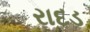
રાદડ